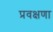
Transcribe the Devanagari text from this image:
प्रवक्षणा